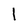
Character: l